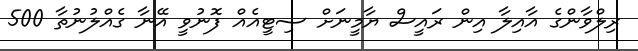
ރިލްވާންގެ އާއިލާ އިން ރައީސް ޔާމީނަށް ސިޓީއެއް ފޮނުވީ އޭނާ ގެއްލުނުތާ 500